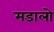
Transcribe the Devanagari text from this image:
मडालो